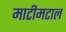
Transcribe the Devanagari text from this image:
माटीमटाल